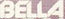
BELLA